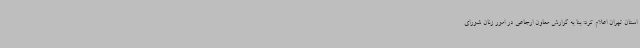
استان تهران اعلام کرد: بنا به گزارش معاون ارجاعی در امور زنان شورای